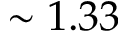
\sim 1 . 3 3